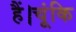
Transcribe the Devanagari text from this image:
हैं।चूंकि